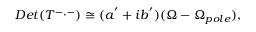
D e t ( T ^ { - , - } ) \cong ( a ^ { ' } + i b ^ { ' } ) ( \Omega - \Omega _ { p o l e } ) ,